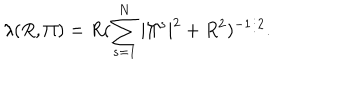
LaTeX: \lambda ( R , \Pi ) = R ( \sum _ { s = 1 } ^ { N } | \Pi ^ { s } | ^ { 2 } + R ^ { 2 } ) ^ { - 1 / 2 } .